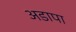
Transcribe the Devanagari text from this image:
अडापा